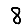
Digit: 8